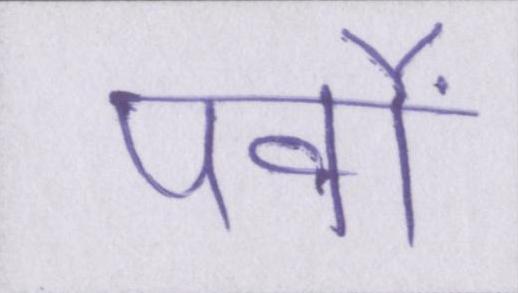
पर्वों